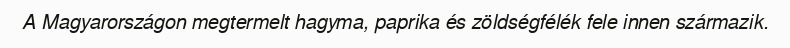
A Magyarországon megtermelt hagyma, paprika és zöldségfélék fele innen származik.